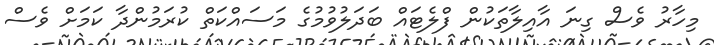
މިހާރު ވެސް ގިނަ އާއިލާތަކުން ފްލެޓައް ބަދަލުވުމުގެ މަސައްކަތް ކުރަމުންދާ ކަމަށް ވެސް